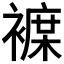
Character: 𲁂